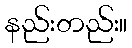
နည်းတည်း။